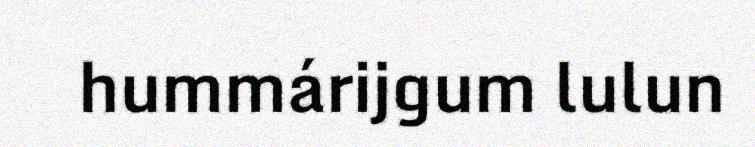
hummárijgum lulun